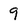
Character: 9